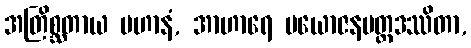
အတြိစ္ဆတာယ ပဟာနံ, အာဟာရေ ပယောဇနမတ္တဒဿိတာ,